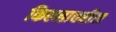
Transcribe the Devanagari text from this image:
किल्लावरील